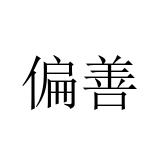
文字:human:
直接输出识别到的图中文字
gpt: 偏善